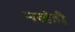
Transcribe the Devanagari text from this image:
नखेही